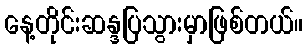
နေ့တိုင်းဆန္ဒပြသွားမှာဖြစ်တယ်။